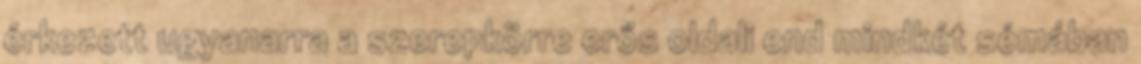
érkezett ugyanarra a szerepkörre erős oldali end mindkét sémában